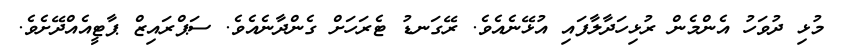
މުޅި ދުވަހު އެންމެން ރުޅިހަދާލާފައި އުޅޭނެއެވެ. ރޭގަނޑު ޓެރަހަށް ގެންދާނެއެވެ. ސަޕްރައިޒް ޕާޓީއެއްދޭށެވެ.